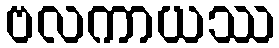
ဗလကာယဿ